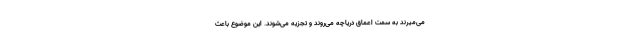
می‌میرند به سمت اعماق دریاچه می‌روند و تجزیه می‌شوند. این موضوع باعث